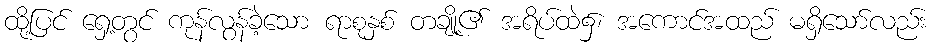
ထို့ပြင် ရှေ့တွင် ကုန်လွန်ခဲ့သော ရာစုနှစ် တချို့၏ အရိပ်ထဲ၌၊ အကောင်အထည် မရှိသော်လည်း